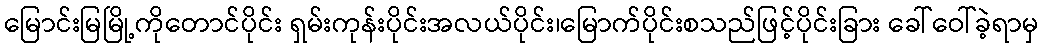
မြောင်းမြမြို့ကိုတောင်ပိုင်း ရှမ်းကုန်းပိုင်းအလယ်ပိုင်း၊မြောက်ပိုင်းစသည်ဖြင့်ပိုင်းခြား ခေါ်ဝေါ်ခဲ့ရာမှ